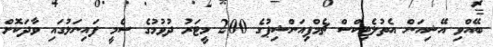
ބޭއްވި އޭޝިއަން އެތުލެޓިކްސް ޗެމްޕިއަންޝިޕުގެ 200 މީޓަރު ދުވުމުގެ ސެމީ ފައިނަލުގައި ވާދަކޮށް